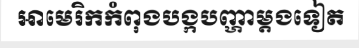
អាមេរិកកំពុងបង្កបញ្ហាម្តងទៀត